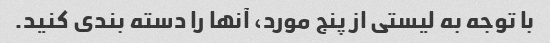
با توجه به لیستی از پنج مورد، آنها را دسته بندی کنید.